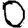
Digit: 0